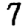
Digit: 7